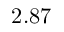
2 . 8 7